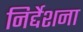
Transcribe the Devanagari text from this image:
निर्द्देशना